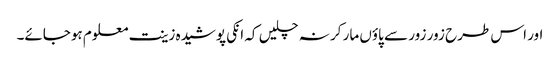
اور اس طرح زور زور سے پاؤں مار کر نہ چلیں کہ انکی پوشیدہ زینت معلوم ہوجائے۔